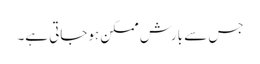
جس سے بارش ممکن ہوجاتی ہے۔